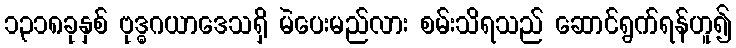
၁၃၁၈ခုနှစ် ဗုဒ္ဓဂယာဒေသရှိ မဲပေးမည်လား စမ်းသိရသည် ဆောင်ရွက်ရန်ဟူ၍